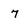
Character: 7